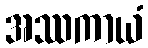
အဿကာယံ